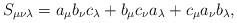
LaTeX: \begin{align*}S_{\mu\nu\lambda} = a_{\mu}b_{\nu}c_{\lambda} + b_{\mu}c_{\nu}a_{\lambda} + c_{\mu}a_{\nu}b_{\lambda},\end{align*}